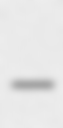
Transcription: –